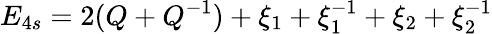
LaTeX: E_{4s}=2(Q+Q^{-1})+\xi_{1}+\xi_{1}^{-1}+\xi_{2}+\xi_{2}^{-1}